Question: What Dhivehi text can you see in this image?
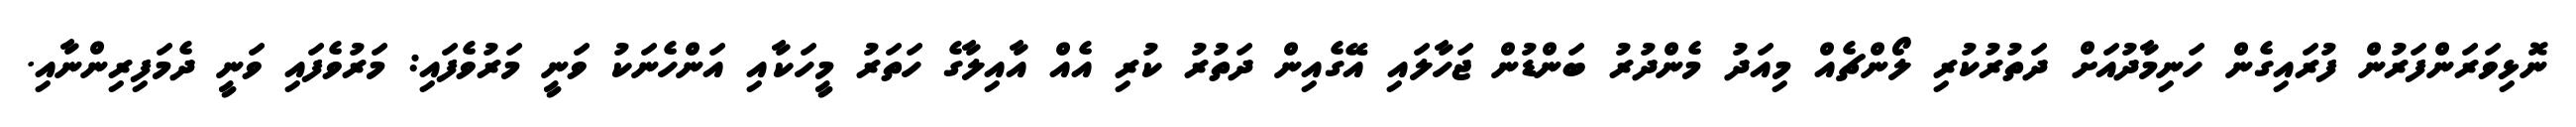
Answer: ނޮޅިވަރަންފަރުން ފުރައިގެން ހަނިމާދުއަށް ދަތުރުކުރި ލޯންޗެއް މިއަދު މެންދުރު ބަންޑުން ޖަހާލައި އޭގެއިން ދަތުރު ކުރި އެއް އާއިލާގެ ހަތަރު މީހަކާއި އަންހެނަކު ވަނީ މަރުވެފައި: މަރުވެފައި ވަނީ ދެމަފިރިންނާއި.